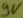
Text: 9V